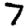
Digit: 7